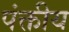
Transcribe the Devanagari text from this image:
पंक्तीय